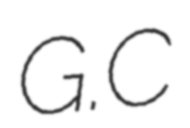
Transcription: G.C